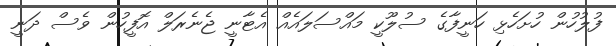
ފުލުހުން ހުށަހެޅި ހަނީފާގެ ސުލޫކީ މައްސަލައެއް އެޓާނީ ޖެނެރަލް އޮފީހުން ވެސް ދަނީ